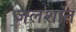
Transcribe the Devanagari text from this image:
जलशांत